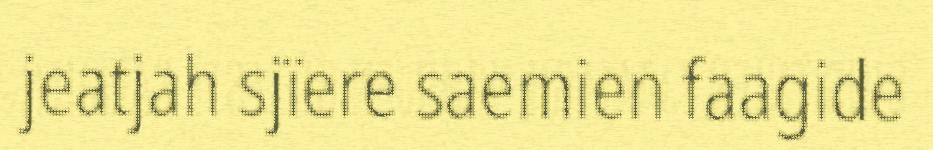
jeatjah sjïere saemien faagide